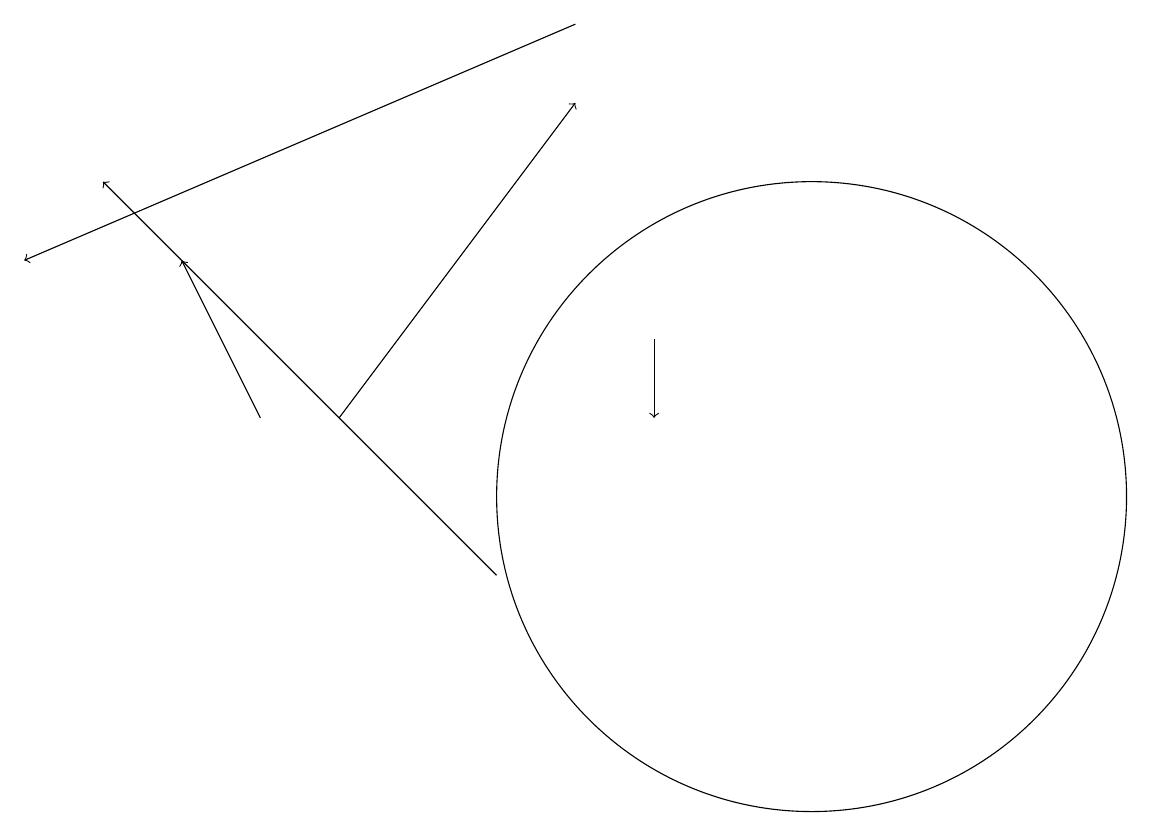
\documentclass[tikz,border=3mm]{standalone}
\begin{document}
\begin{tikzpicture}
\draw[->] (7,10) -- (2,15);
\draw[->] (5,12) -- (8,16);
\draw (10,10) circle (0);
\draw[->] (9,13) -- (9,12);
\draw[->] (4,12) -- (3,14);
\draw[->] (8,17) -- (1,14);
\draw (11,11) circle (4);
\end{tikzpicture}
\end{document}